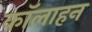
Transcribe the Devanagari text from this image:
कॉलाहन